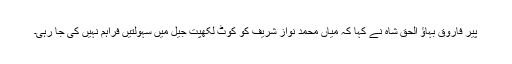
پیر فاروق بہاؤ الحق شاہ نے کہا کہ میاں محمد نواز شریف کو کوٹ لکھپت جیل میں سہولتیں فراہم نہیں کی جا رہی۔